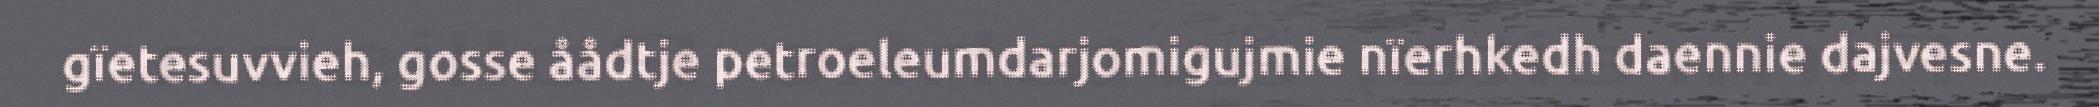
gïetesuvvieh, gosse åådtje petroeleumdarjomigujmie nïerhkedh daennie dajvesne.